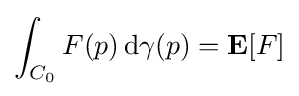
\int _{C_{0}}F(p)\,\mathrm {d} \gamma (p)=\mathbf {E} [F]